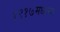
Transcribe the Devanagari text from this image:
१९१७मधल्या